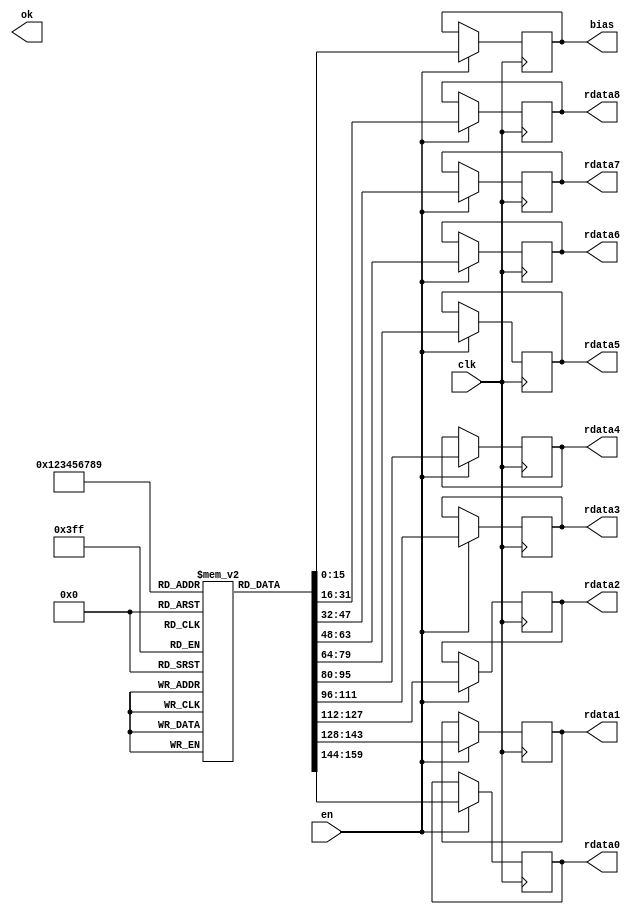
`timescale 1ns / 1ps
//////////////////////////////////////////////////////////////////////////////////
// Company: 
// Engineer: 
// 
// Design Name: 
// Module Name: memory_filter
// Project Name: 
// Target Devices: 
// Tool Versions: 
// Description: 
// 
// Dependencies: 
// 
// Revision:
// Revision 0.01 - File Created
// Additional Comments:
// 
//////////////////////////////////////////////////////////////////////////////////

//`include "param.v"

module memory_filter
#(
//Convolution
parameter addressWidthConv=10, dataWidthConv=16,

parameter n_c = 5'd28,  //number of column matrix image 
parameter n_r = 5'd28,  //number of rows matrix image 
parameter col_fil = 5'd3, //number of columns of filter
parameter row_fil = 5'd3, //number of rows of filter
                       
parameter s0 = 4'b0000, s1 = 4'b0001, s2 = 4'b0010, s3 = 4'b0011, s4 = 4'b0100,
parameter s5 = 4'b0101, s6 = 4'b0110, s7 = 4'b0111, s8 = 4'b1000, s9 = 4'b1001,
parameter s10 = 4'b1010, s11 = 4'b1011, s12 = 4'b1100, s13 = 4'b1101, s14 = 4'b1110,
           

parameter pwd = "/home/javier/Documents/fpga_implementations_of_neural_networks/CNN/02_hardware/01_test_vivado/04_convolution/04_convolution.srcs/sources_1/new/rstl_conv2.txt",


//counter for memory of result of convolution
parameter counterWidth= 10,


//memory filter
parameter numWeightFilter = 10, addressWidthFilter=4, dataWidthFilter=16,
parameter weightFileFilter="/home/javier/Documents/fpga_implementations_of_neural_networks/CNN/02_hardware/01_test_vivado/project_7/project_7.srcs/sources_1/new/filter1.txt",
   
//memory image
parameter numWeightImg = 784, 
parameter addressWidthImg=10, dataWidthImg= 16,
parameter weightFileImg="/home/javier/Documents/fpga_implementations_of_neural_networks/CNN/02_hardware/01_test_vivado/project_7/project_7.srcs/sources_1/new/image.mem",
      
//quantization
parameter q = 64'd2014687024, //q = 31'b1111000000101011010111100110000
parameter mask = 8'd255,
parameter zero = 1'd0,
parameter one = 1'd1,
parameter offset_ent = 6,
parameter offset_sor = -1,
	
	
//memory_rstl_conv
parameter numWeightRstlConv = 676,
parameter addressWidthRstlConv=10, 
parameter dataWidthRstlConv=8

)


( 
    input clk,
    input en,
    output reg [dataWidthFilter-1:0] rdata0,
    output reg [dataWidthFilter-1:0] rdata1,
    output reg [dataWidthFilter-1:0] rdata2,
    output reg [dataWidthFilter-1:0] rdata3,
    output reg [dataWidthFilter-1:0] rdata4,
    output reg [dataWidthFilter-1:0] rdata5,
    output reg [dataWidthFilter-1:0] rdata6,
    output reg [dataWidthFilter-1:0] rdata7,
    output reg [dataWidthFilter-1:0] rdata8,    
    output reg [dataWidthFilter-1:0] bias,
    output reg ok
);
    
    reg [dataWidthFilter-1:0] register[numWeightFilter-1:0];


        initial
		begin
	        //$readmemb(weightFileFilter, register);
	        register[0] =  16'd46;
	        register[1] = -16'd9;
	        register[2] = -16'd127;
	        register[3] =  16'd70;
	        register[4] = -16'd23;
	        register[5] = -16'd93;
	        register[6] = -16'd20;
	        register[7] = -16'd88;
	        register[8] = -16'd86;
	        register[9] = -16'd843;	        
	    end
    
    always @(posedge clk)
    begin
        if (en)
        begin
            rdata0 <= register[0];
            rdata1 <= register[1];
            rdata2 <= register[2];
            rdata3 <= register[3];
            rdata4 <= register[4];
            rdata5 <= register[5];
            rdata6 <= register[6];
            rdata7 <= register[7];
            rdata8 <= register[8];
            bias <= register[9];
        end
    end 
endmodule